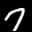
Digit: 7